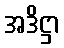
အဒိဋ္ဌာ